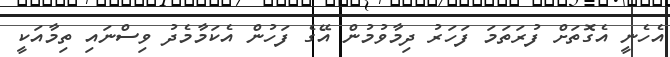
އެހެނީ އެގޮތަށް ފުރަތަމަ ފަހަރު ދިމާވުމުން އޭގެ ފަހުން އެކަމާމެދު ވިސްނައި ތިމާއަކީ